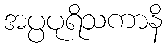
အပ္ပပုရိသကာနိ